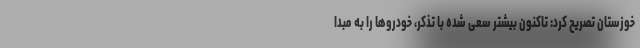
خوزستان تصریح کرد: تاکنون بیشتر سعی شده با تذکر، خودروها را به مبدا